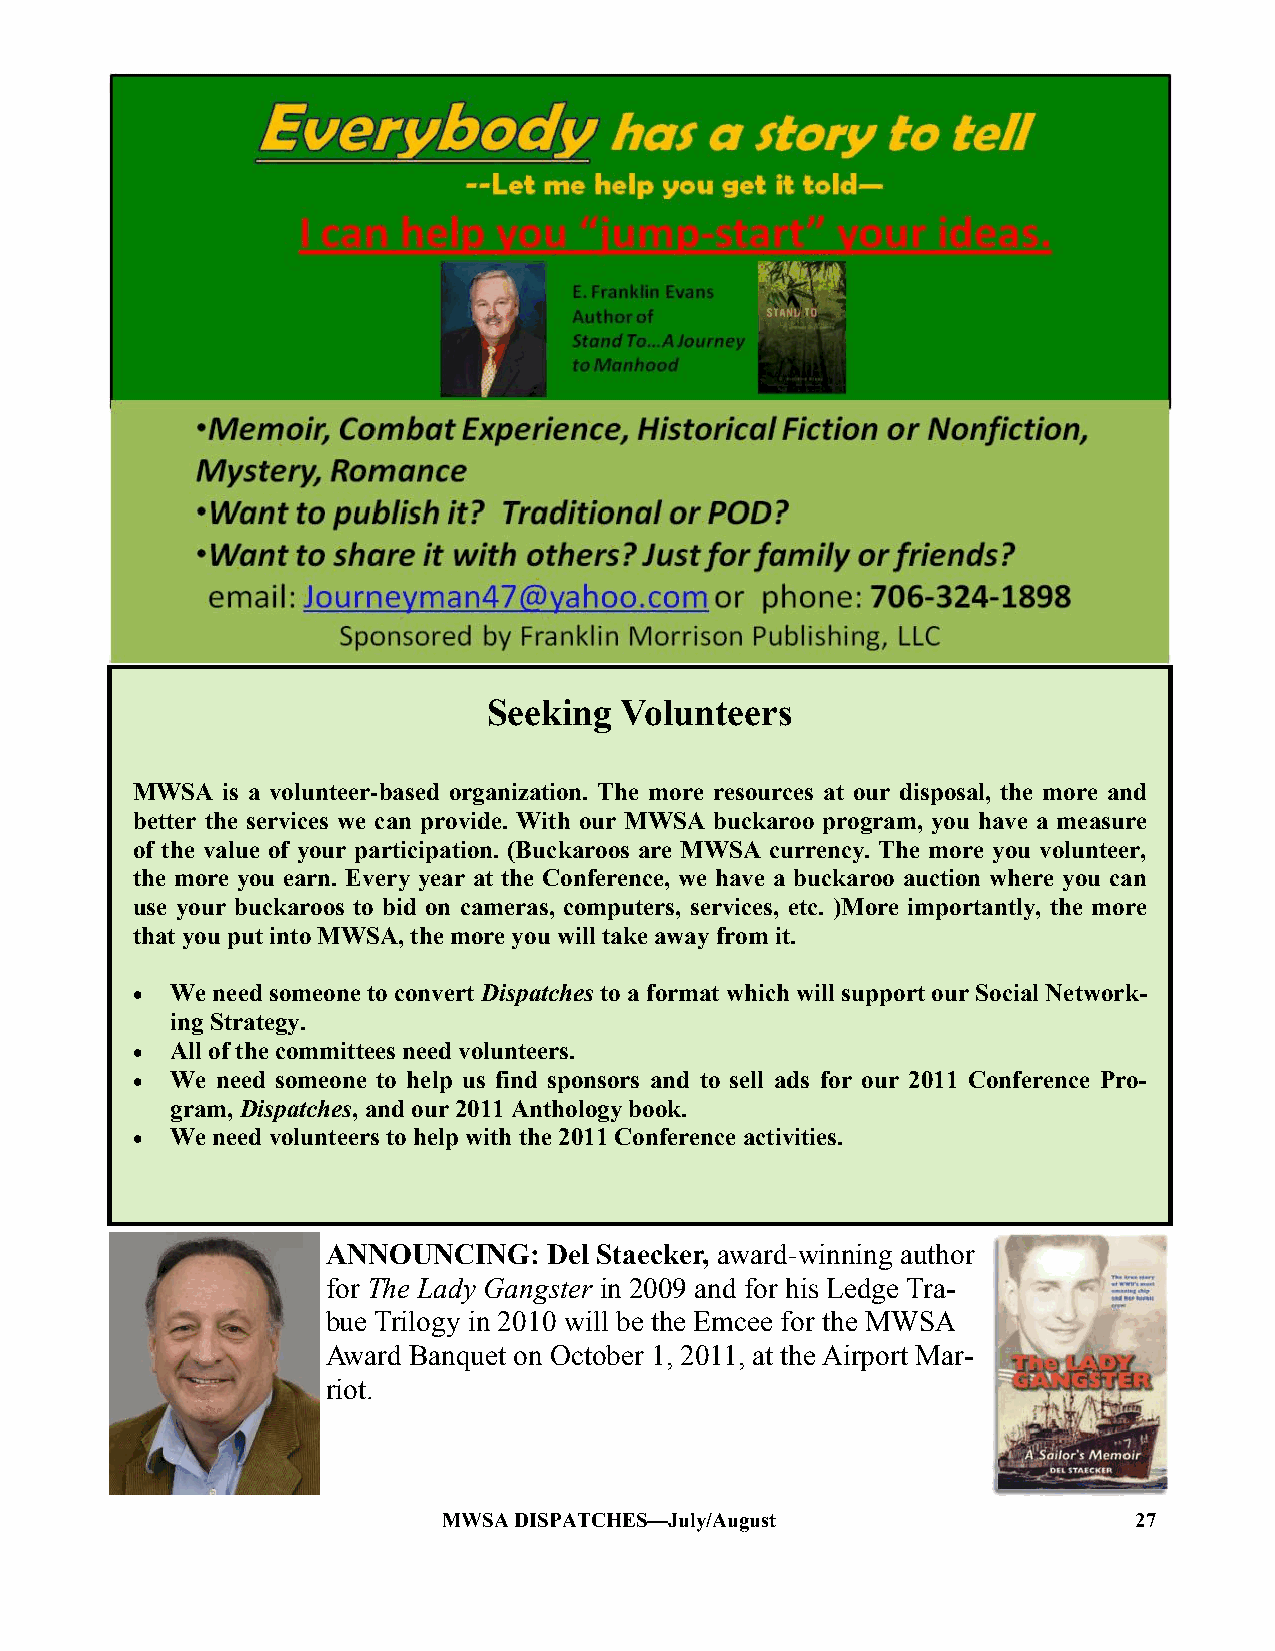
Seeking  Volunteers
 MWSA  is a volunteer-based organization. The more resources at our disposal, the more and
 better the services we can provide. With our MWSA buckaroo program, you have a measure
 of the value of your participation. (Buckaroos are MWSA currency. The more you volunteer,
 the more you earn. Every year at the Conference, we have a buckaroo auction where you can
 use your buckaroos to bid on cameras, computers, services, etc. )More importantly, the more
 that you put into MWSA, the more you will take away from it.
  We need someone to convert Dispatches to a format which will support our Social Network-
 ing Strategy.
  All of the committees need volunteers.
  We need someone to help us find sponsors and to sell ads for our 2011 Conference Pro-
 gram, Dispatches, and our 2011 Anthology book.
  We need volunteers to help with the 2011 Conference activities.
 ANNOUNCING:   Del Staecker, award-winning author
 for The Lady Gangster in 2009 and for his Ledge Tra-
 bue Trilogy in 2010 will be the Emcee for the MWSA
 Award Banquet on October 1, 2011, at the Airport Mar-
 riot.
 MWSA DISPATCHES—July/August                   27